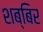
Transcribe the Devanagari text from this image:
शब्बिर